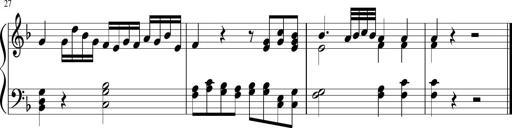
Title: Sonatina for Piano, WoO 50
Composer: Ludwig van Beethoven
Key: F major